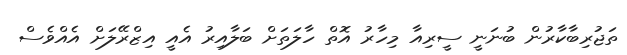
ތަޖުރިބާކާރުން ބުނަނީ ސީރިއާ މިހާރު އޮތް ހާލަތަށް ބަލާއިރު އެއީ އިޒްރޭލަށް އެއްވެސް